Lunatic asylums in Bengal annual reports 1888-1898 - 1888-1898
Year: 1888
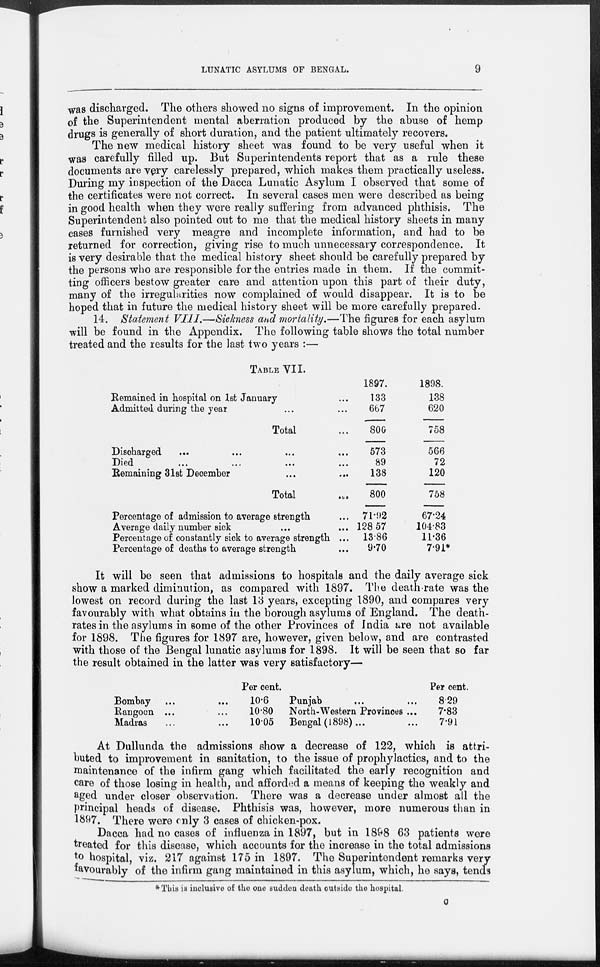
LUNATIC ASYLUMS OF BENGAL.
9
was discharged. The others showed no signs of improvement. In the opinion
of the Superintendent mental aberration produced by the abuse of hemp
drugs is generally of short duration, and the patient ultimately recovers.
The new medical history sheet was found to be very useful when it
was carefully filled up. But Superintendents report that as a rule these
documents are very carelessly prepared, which makes them practically useless.
During my inspection of the Dacca Lunatic Asylum I observed that some of
the certificates were not correct. In several cases men were described as being
in good health when they were really suffering from advanced phthisis. The
Superintendent also pointed out to me that the medical history sheets in many
cases furnished very meagre and incomplete information, and had to be
returned for correction, giving rise to much unnecessary correspondence. It
is very desirable that the medical history sheet should be carefully prepared by
the persons who are responsible for the entries made in them. If the commit-
ting officers bestow greater care and attention upon this part of their duty,
many of the irregularities now complained of would disappear. It is to be
hoped that in future the medical history sheet will be more carefully prepared.
14. Statement VIII.—Sickness and mortality.—The figures for each asylum
will be found in the Appendix. The following table shows the total number
treated and the results for the last two years :—
TABLE VII.
Remained in hospital on 1st January ...
Admitted during the year ... ...
Total ...
Discharged ... ... ... ...
Died
...
...
... ...
Remaining 31st December ... ... ...
Total ...
Percentage of admission to average strength ...
Average daily number sick ... ... ...
Percentage of constantly sick to average strength ...
Percentage of deaths to average strength ...
1897.
133
667
800
573
89
138
800
71.92
128.57
13.86
9.70
1898.
138
620
758
566
72
120
758
67.24
104.83
11.36
7.91*
It will be seen that admissions to hospitals and the daily average sick
show a marked diminution, as compared with 1897. The death-rate was the
lowest on record during the last 13 years, excepting 1890, and compares very
favourably with what obtains in the borough asylums of England. The death-
rates in the asylums in some of the other Provinces of India are not available
for 1898. The figures for 1897 are, however, given below, and are contrasted
with those of the Bengal lunatic asylums for 1898. It will be seen that so far
the result obtained in the latter was very satisfactory—
Bombay ... ...
Rangoon ... ...
Madras ... ...
Per cent.
10.6
10.80
10.05
Punjab ... ...
North-Western Provinces ...
Bengal (1898) ... ...
Per cent.
8.29
7.83
7.91
At Dullunda the admissions show a decrease of 122, which is attri-
buted to improvement in sanitation, to the issue of prophylactics, and to the
maintenance of the infirm gang which facilitated the early recognition and
care of those losing in health, and afforded a means of keeping the weakly and
aged under closer observation. There was a decrease under almost all the
principal heads of disease. Phthisis was, however, more numerous than in
1897. There were only 3 cases of chicken-pox.
Dacca had no cases of influenza in 1897, but in 1898 63 patients were
treated for this disease, which accounts for the increase in the total admissions
to hospital, viz. 217 against 175 in 1897. The Superintendent remarks very
favourably of the infirm gang maintained in this asylum, which, he says, tends
* This is inclusive of the one sudden death outside the hospital.
C